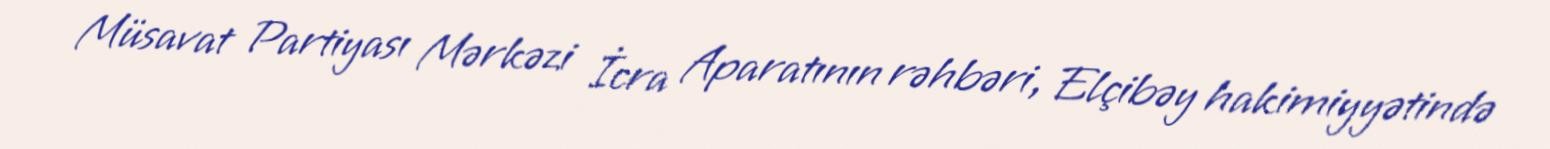
Müsavat Partiyası Mərkəzi İcra Aparatının rəhbəri, Elçibəy hakimiyyətində